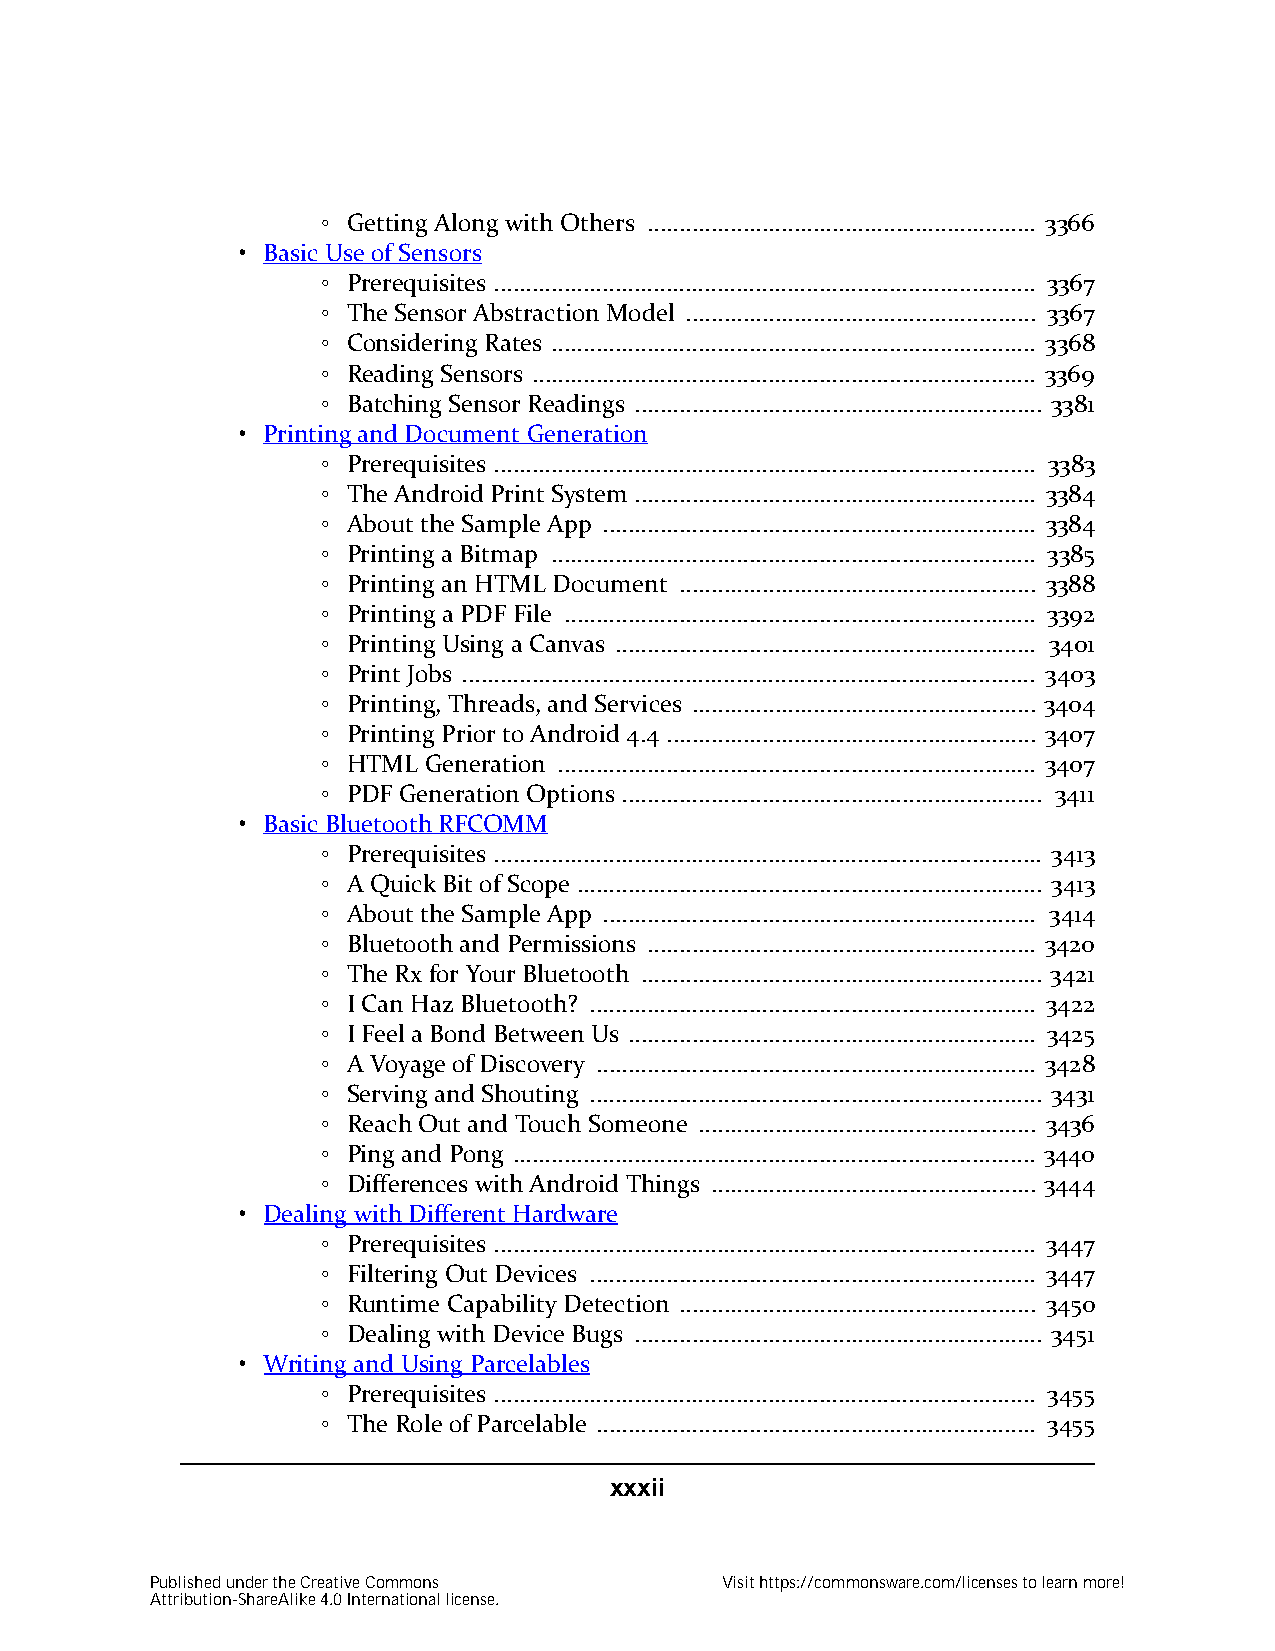
◦ Getting Along with Others ............................................................. 3366
 • Basic Use of Sensors
 ◦ Prerequisites ..................................................................................... 3367
 ◦ The Sensor Abstraction Model ....................................................... 3367
 ◦ Considering Rates ............................................................................ 3368
 ◦ Reading Sensors ............................................................................... 3369
 ◦ Batching Sensor Readings ................................................................ 3381
 • Printing and Document Generation
 ◦ Prerequisites ..................................................................................... 3383
 ◦ The Android Print System ............................................................... 3384
 ◦ About the Sample App .................................................................... 3384
 ◦ Printing a Bitmap ............................................................................ 3385
 ◦ Printing an HTML Document ........................................................ 3388
 ◦ Printing a PDF File .......................................................................... 3392
 ◦ Printing Using a Canvas .................................................................. 3401
 ◦ Print Jobs .......................................................................................... 3403
 ◦ Printing, Threads, and Services ...................................................... 3404
 ◦ Printing Prior to Android 4.4 .......................................................... 3407
 ◦ HTML Generation ........................................................................... 3407
 ◦ PDF Generation Options .................................................................. 3411
 • Basic Bluetooth RFCOMM
 ◦ Prerequisites ...................................................................................... 3413
 ◦ A Quick Bit of Scope ......................................................................... 3413
 ◦ About the Sample App .................................................................... 3414
 ◦ Bluetooth and Permissions ............................................................. 3420
 ◦ The Rx for Your Bluetooth ............................................................... 3421
 ◦ I Can Haz Bluetooth? ...................................................................... 3422
 ◦ I Feel a Bond Between Us ................................................................ 3425
 ◦ A Voyage of Discovery ..................................................................... 3428
 ◦ Serving and Shouting ....................................................................... 3431
 ◦ Reach Out and Touch Someone ..................................................... 3436
 ◦ Ping and Pong .................................................................................. 3440
 ◦ Differences with Android Things ................................................... 3444
 • Dealing with Different Hardware
 ◦ Prerequisites ..................................................................................... 3447
 ◦ Filtering Out Devices ...................................................................... 3447
 ◦ Runtime Capability Detection ........................................................ 3450
 ◦ Dealing with Device Bugs ................................................................ 3451
 • Writing and Using Parcelables
 ◦ Prerequisites ..................................................................................... 3455
 ◦ The Role of Parcelable ..................................................................... 3455
 xxxii
 Published under the Creative Commons  Visit https://commonsware.com/licenses to learn more!
 Attribution-ShareAlike 4.0 International license.